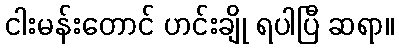
ငါးမန်းတောင် ဟင်းချို ရပါပြီ ဆရာ။